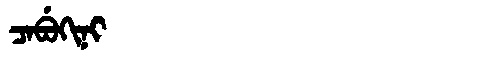
Manchu: ᠴᠠᠪᡠᡴᡳᠨᡳ
Romanization: CABUKINI